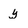
Character: y